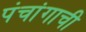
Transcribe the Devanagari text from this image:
पंचांगाची